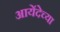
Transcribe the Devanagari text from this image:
आयेंदेच्या